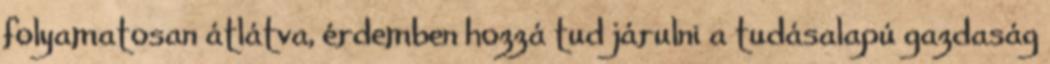
folyamatosan átlátva, érdemben hozzá tud járulni a tudásalapú gazdaság